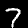
Digit: 7